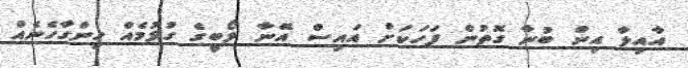
އާއިލާ އިން ބުނާ ގޮތުން ފަހަކަށް އައިސް އޭނާ ލޯބީގެ ގުޅުމެއް ހިންގާހެނެއް